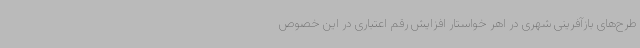
طرح‌های بازآفرینی شهری در اهر خواستار افزایش رقم اعتباری در این خصوص